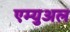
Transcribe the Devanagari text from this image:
एम्युअल